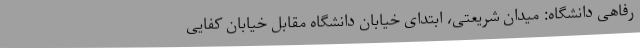
رفاهی دانشگاه: میدان شریعتی، ابتدای خیابان دانشگاه مقابل خیابان کفایی